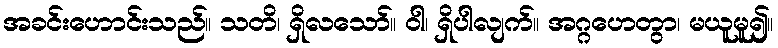
အခင်းဟောင်းသည်။ သတိ၊ ရှိလသော်။ ဝါ၊ ရှိပါလျက်။ အဂ္ဂဟေတွာ၊ မယူမူ၍။